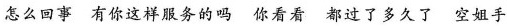
怎么回事 有你这样服务的吗 你看看 都过了多久了空姐手